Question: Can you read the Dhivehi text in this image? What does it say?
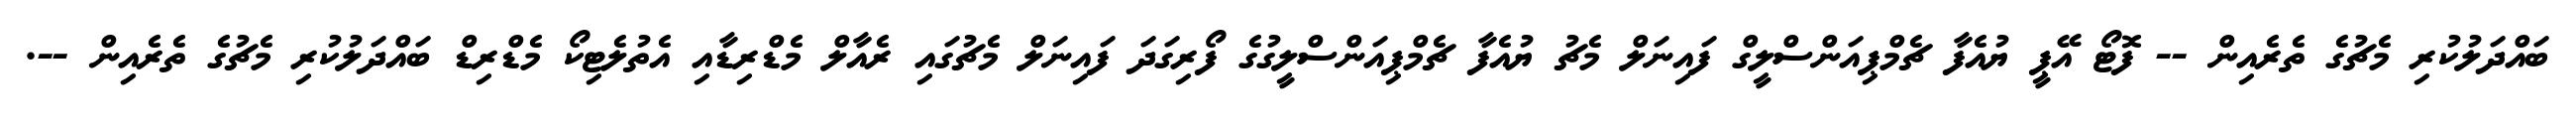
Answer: ބައްދަލުކުރި މެޗުގެ ތެރެއިން -- ފޮޓޯ އޭޕީ ޔުއެފާ ޗެމްޕިއަންސްލީގް ފައިނަލް މެޗު ޔުއެފާ ޗެމްޕިއަންސްލީގުގެ ފޯރިގަދަ ފައިނަލް މެޗުގައި ރެއާލް މެޑްރިޑާއި އެތުލެޓިކޯ މެޑްރިޑް ބައްދަލުކުރި މެޗުގެ ތެރެއިން --.